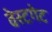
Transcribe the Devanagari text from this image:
वेस्टगेट